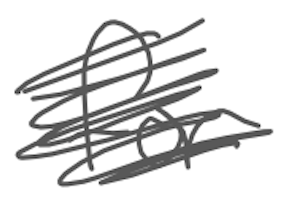
Text: for
Cross-out: scratch
Writing tool: digital_gray